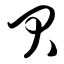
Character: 贝